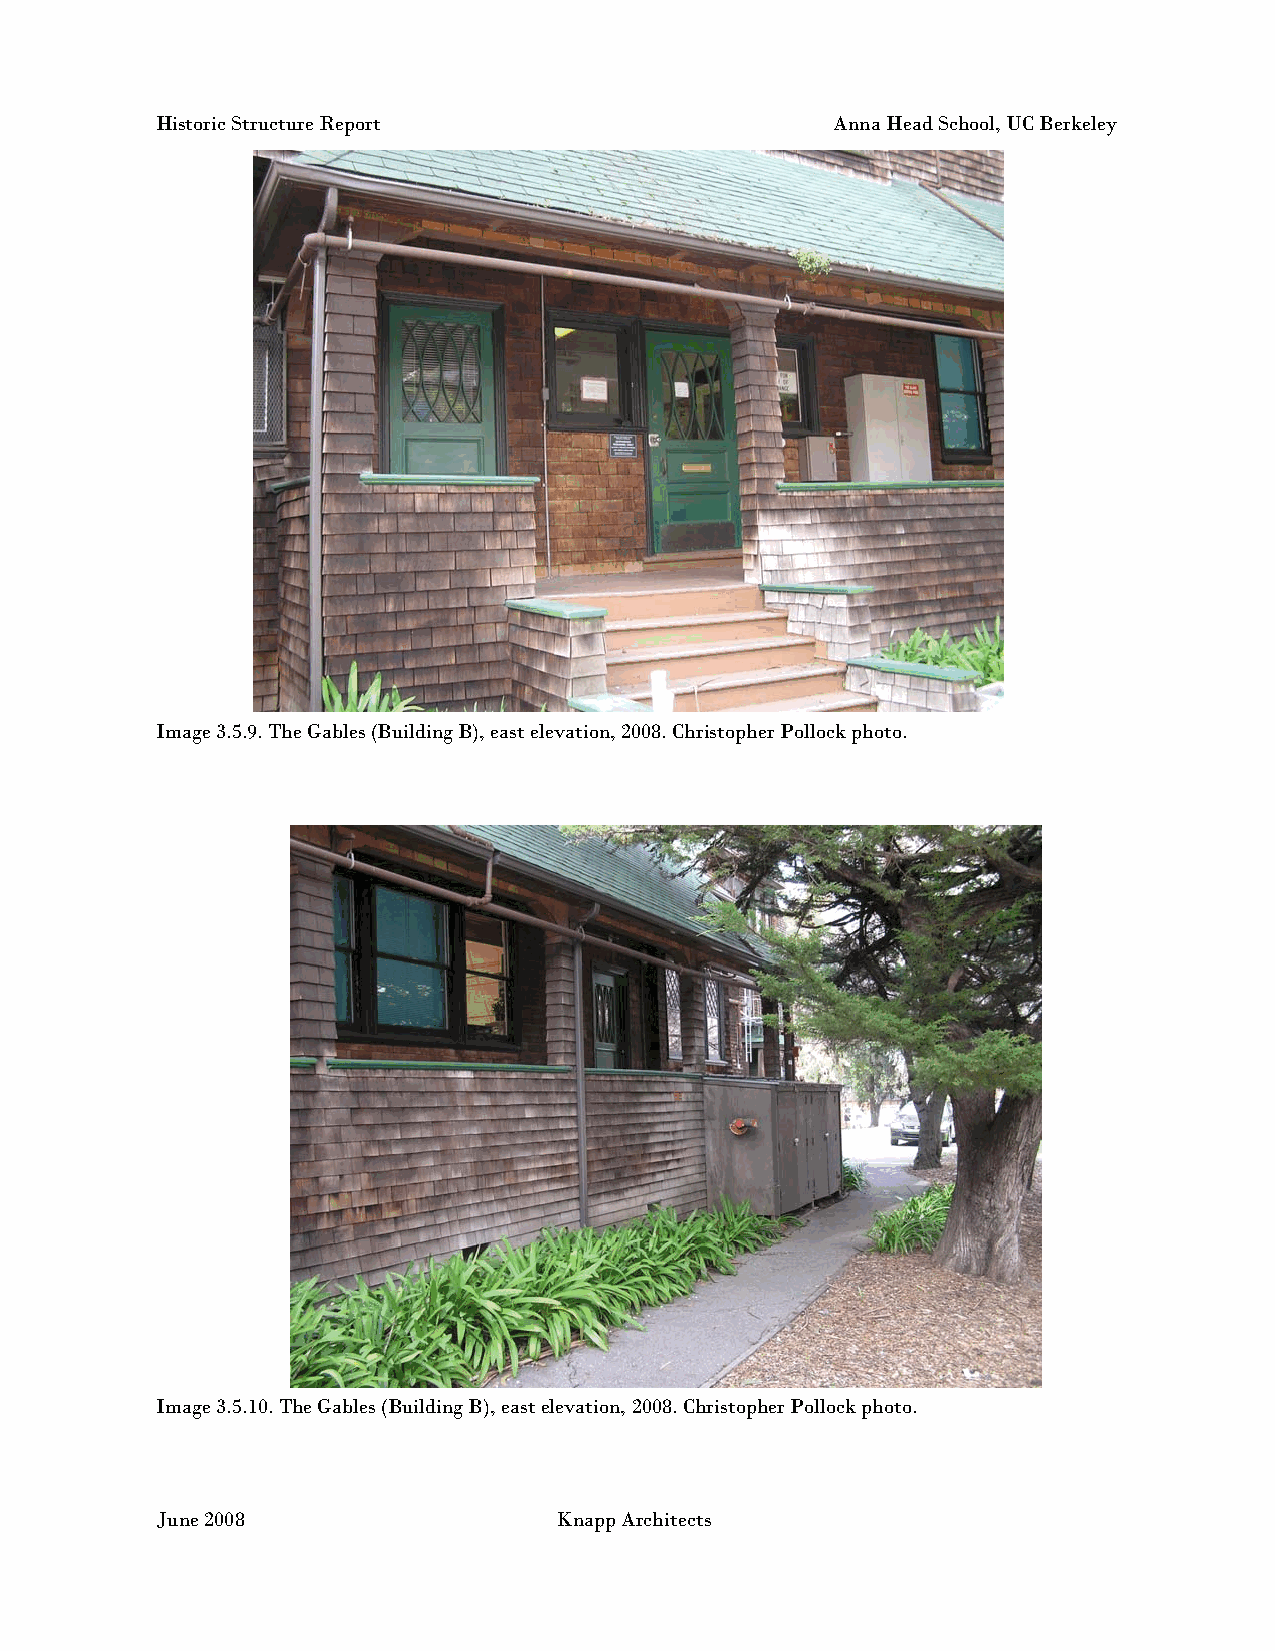
Historic Structure Report                    Anna Head School, UC Berkeley
 Image 3.5.9. The Gables (Building B), east elevation, 2008. Christopher Pollock photo.
 Image 3.5.10. The Gables (Building B), east elevation, 2008. Christopher Pollock photo.
 June 2008                  Knapp Architects